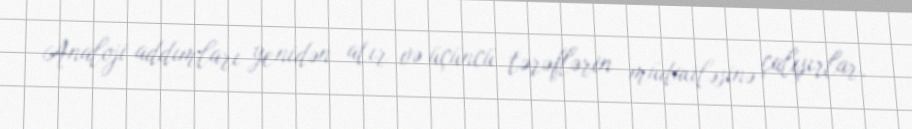
Analoji addımları yenidən atır və üçüncü tərəflərin müdaxiləsinə çalışırlar,